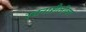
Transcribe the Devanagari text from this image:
रचनाशैलीवर